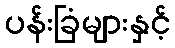
ပန်းခြံများနှင့်